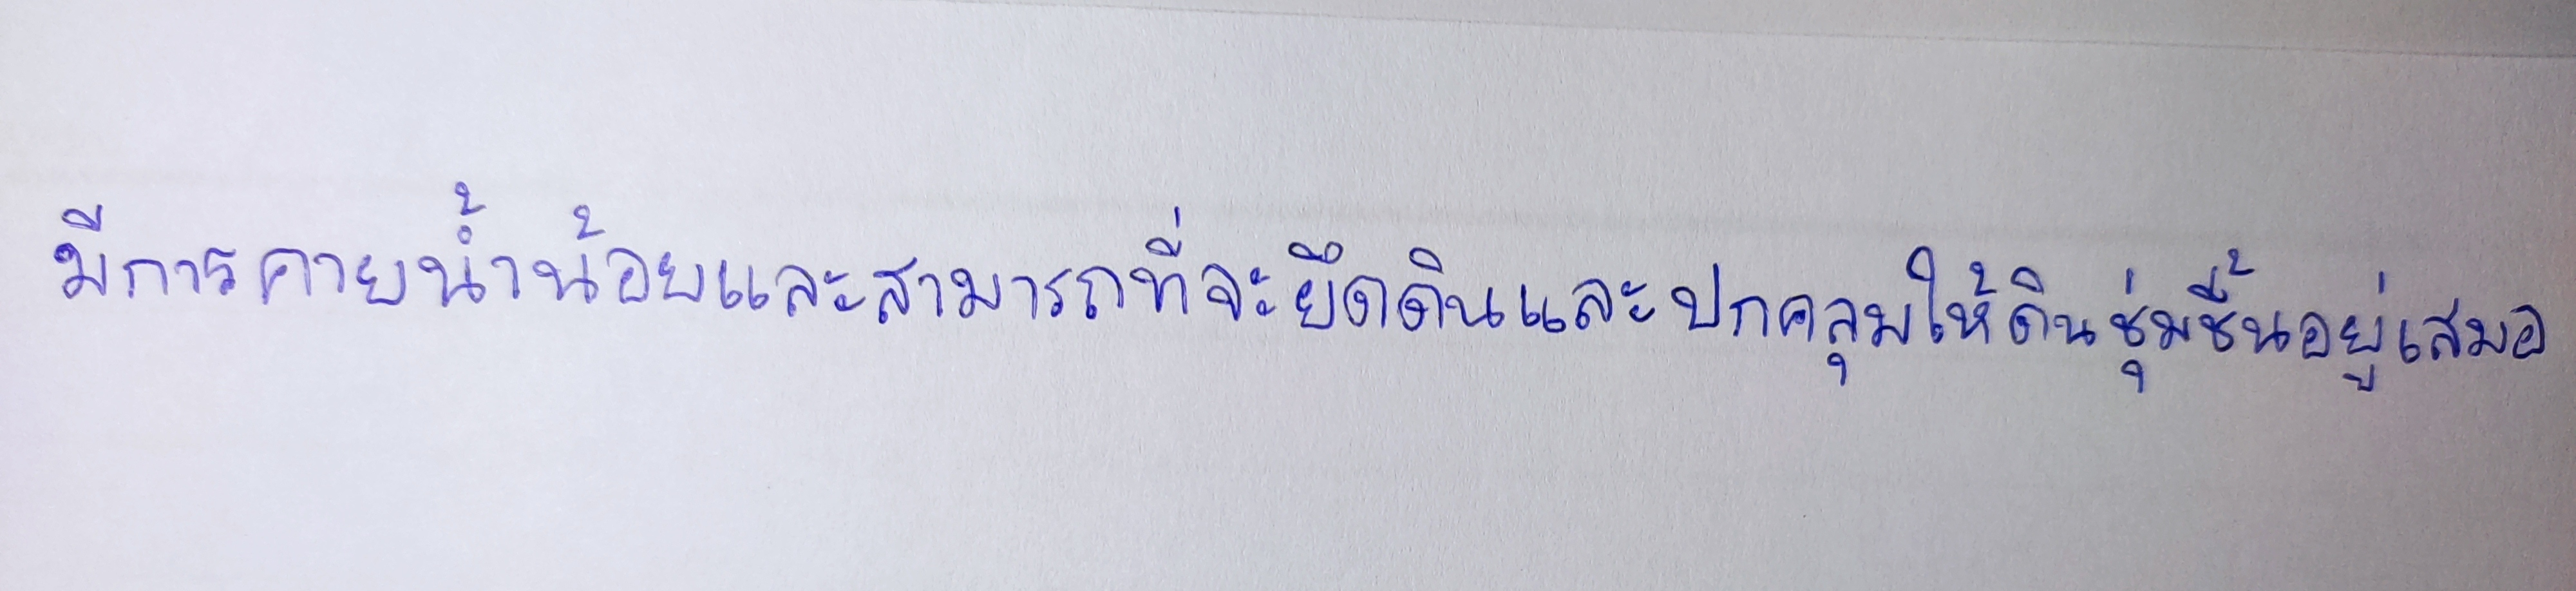
มีการคายน้ำน้อยและสามารถที่จะยึดดินและปกคลุมให้ดินชุ่มชื้นอยู่เสมอ